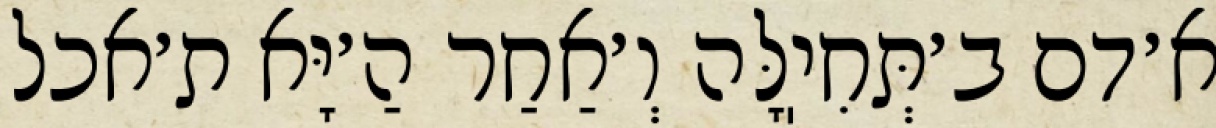
א׳דם ב׳תְּחִיֽלָּה וְ׳אַחַר הַ׳יָּא ת׳אכל